Indian journal of veterinary science and animal husbandry - Volume 3,
Year: 1933
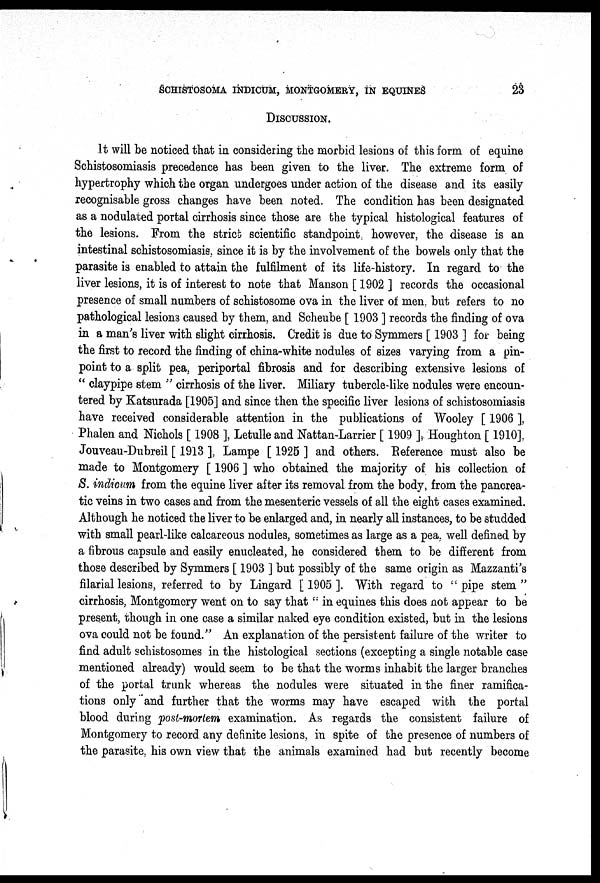
SCHISTOSOMA INDICUM, MONTGOMERY, IN EQUINES
23
DISCUSSION.
It will be noticed that in considering the morbid lesions of this form of equine
Schistosomiasis precedence has been given to the liver. The extreme form of
hypertrophy which the organ undergoes under action of the disease and its easily
recognisable gross changes have been noted. The condition has been designated
as a nodulated portal cirrhosis since those are the typical histological features of
the lesions. From the strict scientific standpoint, however, the disease is an
intestinal schistosomiasis, since it is by the involvement of the bowels only that the
parasite is enabled to attain the fulfilment of its life-history. In regard to the
liver lesions, it is of interest to note that Manson [ 1902 ] records the occasional
presence of small numbers of schistosome ova in the liver of men., but refers to no
pathological lesions caused by them, and Scheube [ 1903 ] records the finding of ova
in a man's liver with slight cirrhosis. Credit is due to Symmers [ 1903 ] for being
the first to record the finding of china-white nodules of sizes varying from a pin-
point to a split pea, periportal fibrosis and for describing extensive lesions of
" claypipe stem " cirrhosis of the liver. Miliary tubercle-like nodules were encoun-
tered by Katsurada [1905] and since then the specific liver lesions of schistosomiasis
have received considerable attention in the publications of Wooley [ 1906 ],
Phalen and Nichols [ 1908 ], Letulle and Nattan-Larrier [ 1909 ], Houghton [ 1910],
Jouveau-Dubreil [ 1913 ], Lampe [ 1925 ] and others. Reference must also be
made to Montgomery [ 1906 ] who obtained the majority of his collection of
S. indicum from the equine liver after its removal from the body, from the pancrea-
tic veins in two cases and from the mesenteric vessels of all the eight cases examined.
Although he noticed the liver to be enlarged and, in nearly all instances, to be studded
with small pearl-like calcareous nodules, sometimes as large as a pea, well defined by
a fibrous capsule and easily enucleated, he considered them to be different from
those described by Symmers [ 1903 ] but possibly of the same origin as Mazzanti's
filarial lesions, referred to by Lingard [1905]. With regard to "pipe stem"
cirrhosis, Montgomery went on to say that '' in equines this does not appear to be
present, though in one case a similar naked eye condition existed, but in the lesions
ova could not be found." An explanation of the persistent failure of the writer to
find adult schistosomes in the histological sections (excepting a single notable case
mentioned already) would seem to be that the worms inhabit the larger branches
of the portal trunk whereas the nodules were situated in the finer ramifica-
tions only and further that the worms may have escaped with the portal
blood during post-mortem examination. As regards the consistent failure of
Montgomery to record any definite lesions, in spite of the presence of numbers of
the parasite, his own view that the animals examined had but recently become